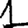
Digit: 1